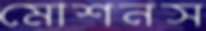
মোশনস